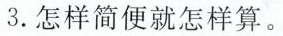
3.怎样简便就怎样算。